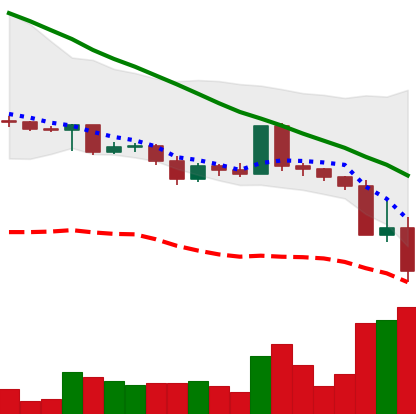
Ticker: ADA-USD
Chart end date: 2022-05-11
Forward return: 8.564%
Label: up_7plus